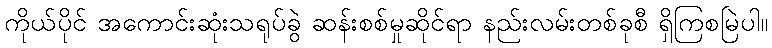
ကိုယ်ပိုင် အကောင်းဆုံးသရုပ်ခွဲ ဆန်းစစ်မှုဆိုင်ရာ နည်းလမ်းတစ်ခုစီ ရှိကြစမြဲပါ။